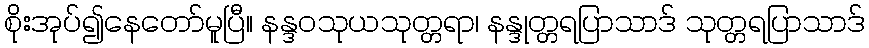
စိုးအုပ်၍နေတော်မူပြီ။ နန္ဒဝသုယသုတ္တရာ၊ နန္ဒုတ္တရပြာသာဒ် သုတ္တရပြာသာဒ်